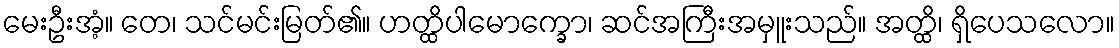
မေးဦးအံ့။ တေ၊ သင်မင်းမြတ်၏။ ဟတ္ထိပါမောက္ခော၊ ဆင်အကြီးအမှူးသည်။ အတ္ထိ၊ ရှိပေသလော။